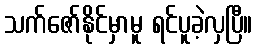
သက်ဇော်နိုင်မှာမူ ရင်ပူခဲ့လှပြီ။